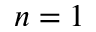
n = 1